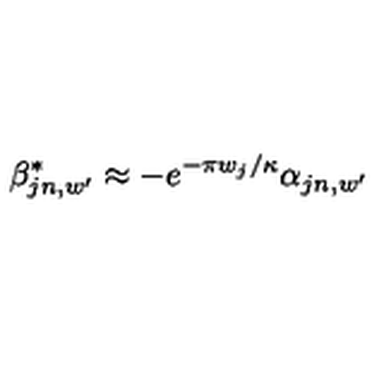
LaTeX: \beta _ { j n , w ^ { \prime } } ^ { * } \approx - e ^ { - \pi w _ { j } / \kappa } \alpha _ { j n , w ^ { \prime } }